Scottish Leaving Certificate Examination, 1953
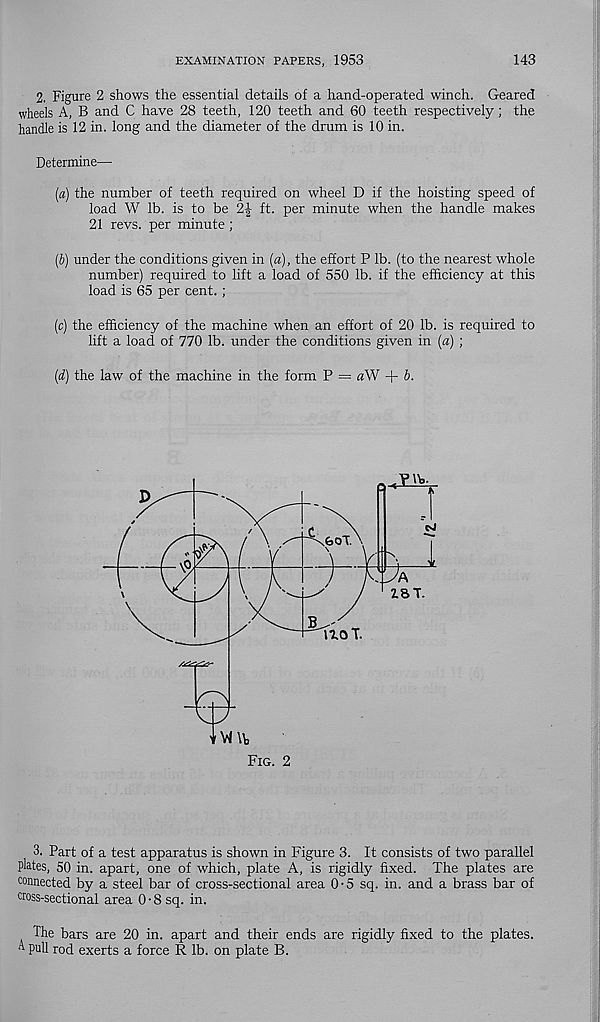
EXAMINATION PAPERS, 1953
143
2. Figure 2 shows the essential details of a hand-operated winch. Geared
wheels A, B and C have 28 teeth, 120 teeth and 60 teeth respectively; the
handle is 12 in. long and the diameter of the drum is 10 in.
Determine—
(a) the number of teeth required on wheel D if the hoisting speed of
load W lb. is to be 2\ ft. per minute when the handle makes
21 revs, per minute ;
[V) under the conditions given in (a), the effort P lb. (to the nearest whole
number) required to lift a load of 550 lb. if the efficiency at this
load is 65 per cent. ;
(c) the efficiency of the machine when an effort of 20 lb. is required to
lift a load of 770 lb. under the conditions given in (a) ;
(d) the law of the machine in the form P = aW + b.
3. Part of a test apparatus is shown in Figure 3. It consists of two parallel
plates, 50 in. apart, one of which, plate A, is rigidly fixed. The plates are
connected by a steel bar of cross-sectional area 0-5 sq. in. and a brass bar of
ooss-sectional area 0 • 8 sq. in.
The bars are 20 in. apart and their ends are rigidly fixed to the plates,
o- Pull rod exerts a force R lb. on plate B.